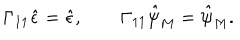
LaTeX: \Gamma _ { 1 1 } \hat { \epsilon } = \hat { \epsilon } , \qquad \Gamma _ { 1 1 } \hat { \psi } _ { M } = \hat { \psi } _ { M } .